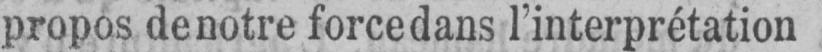
propos de notre force dans l’interprétation